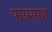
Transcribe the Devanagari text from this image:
पायसाभ